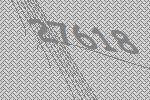
27618